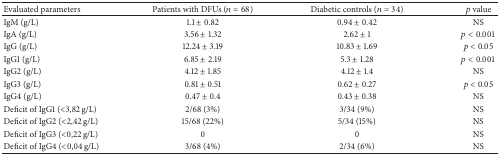
<table><thead><tr><td><b>Evaluated parameters </b></td><td><b>Patients with DFUs (<i>n</i> = 68)</b></td><td><b>Diabetic controls (<i>n</i> = 34)</b></td><td><b><i>p</i> value</b></td></tr></thead><tbody><tr><td>IgM (g/L)</td><td>1.1 ± 0.82</td><td>0.94 ± 0.42</td><td>NS</td></tr><tr><td>IgA (g/L)</td><td>3.56 ± 1.32</td><td>2.62 ± 1</td><td><i>p</i> &lt; 0.001</td></tr><tr><td>IgG (g/L)</td><td>12.24 ± 3.19</td><td>10.83 ± 1.69</td><td><i>p</i> &lt; 0.05</td></tr><tr><td>IgG1 (g/L)</td><td>6.85 ± 2.19</td><td>5.3 ± 1.28</td><td><i>p</i> &lt; 0.001</td></tr><tr><td>IgG2 (g/L)</td><td>4.12 ± 1.85</td><td>4.12 ± 1.4</td><td>NS</td></tr><tr><td>IgG3 (g/L)</td><td>0.81 ± 0.51</td><td>0.62 ± 0.27</td><td><i>p</i> &lt; 0.05</td></tr><tr><td>IgG4 (g/L)</td><td>0.47 ± 0.4</td><td>0.43 ± 0.38</td><td>NS</td></tr><tr><td>Deficit of IgG1 (&lt;3,82 g/L)</td><td>2/68 (3%)</td><td>3/34 (9%)</td><td>NS</td></tr><tr><td>Deficit of IgG2 (&lt;2,42 g/L)</td><td>15/68 (22%)</td><td>5/34 (15%)</td><td>NS</td></tr><tr><td>Deficit of IgG3 (&lt;0,22 g/L)</td><td>0</td><td>0</td><td>NS</td></tr><tr><td>Deficit of IgG4 (&lt;0,04 g/L)</td><td>3/68 (4%)</td><td>2/34 (6%)</td><td>NS</td></tr></tbody></table>